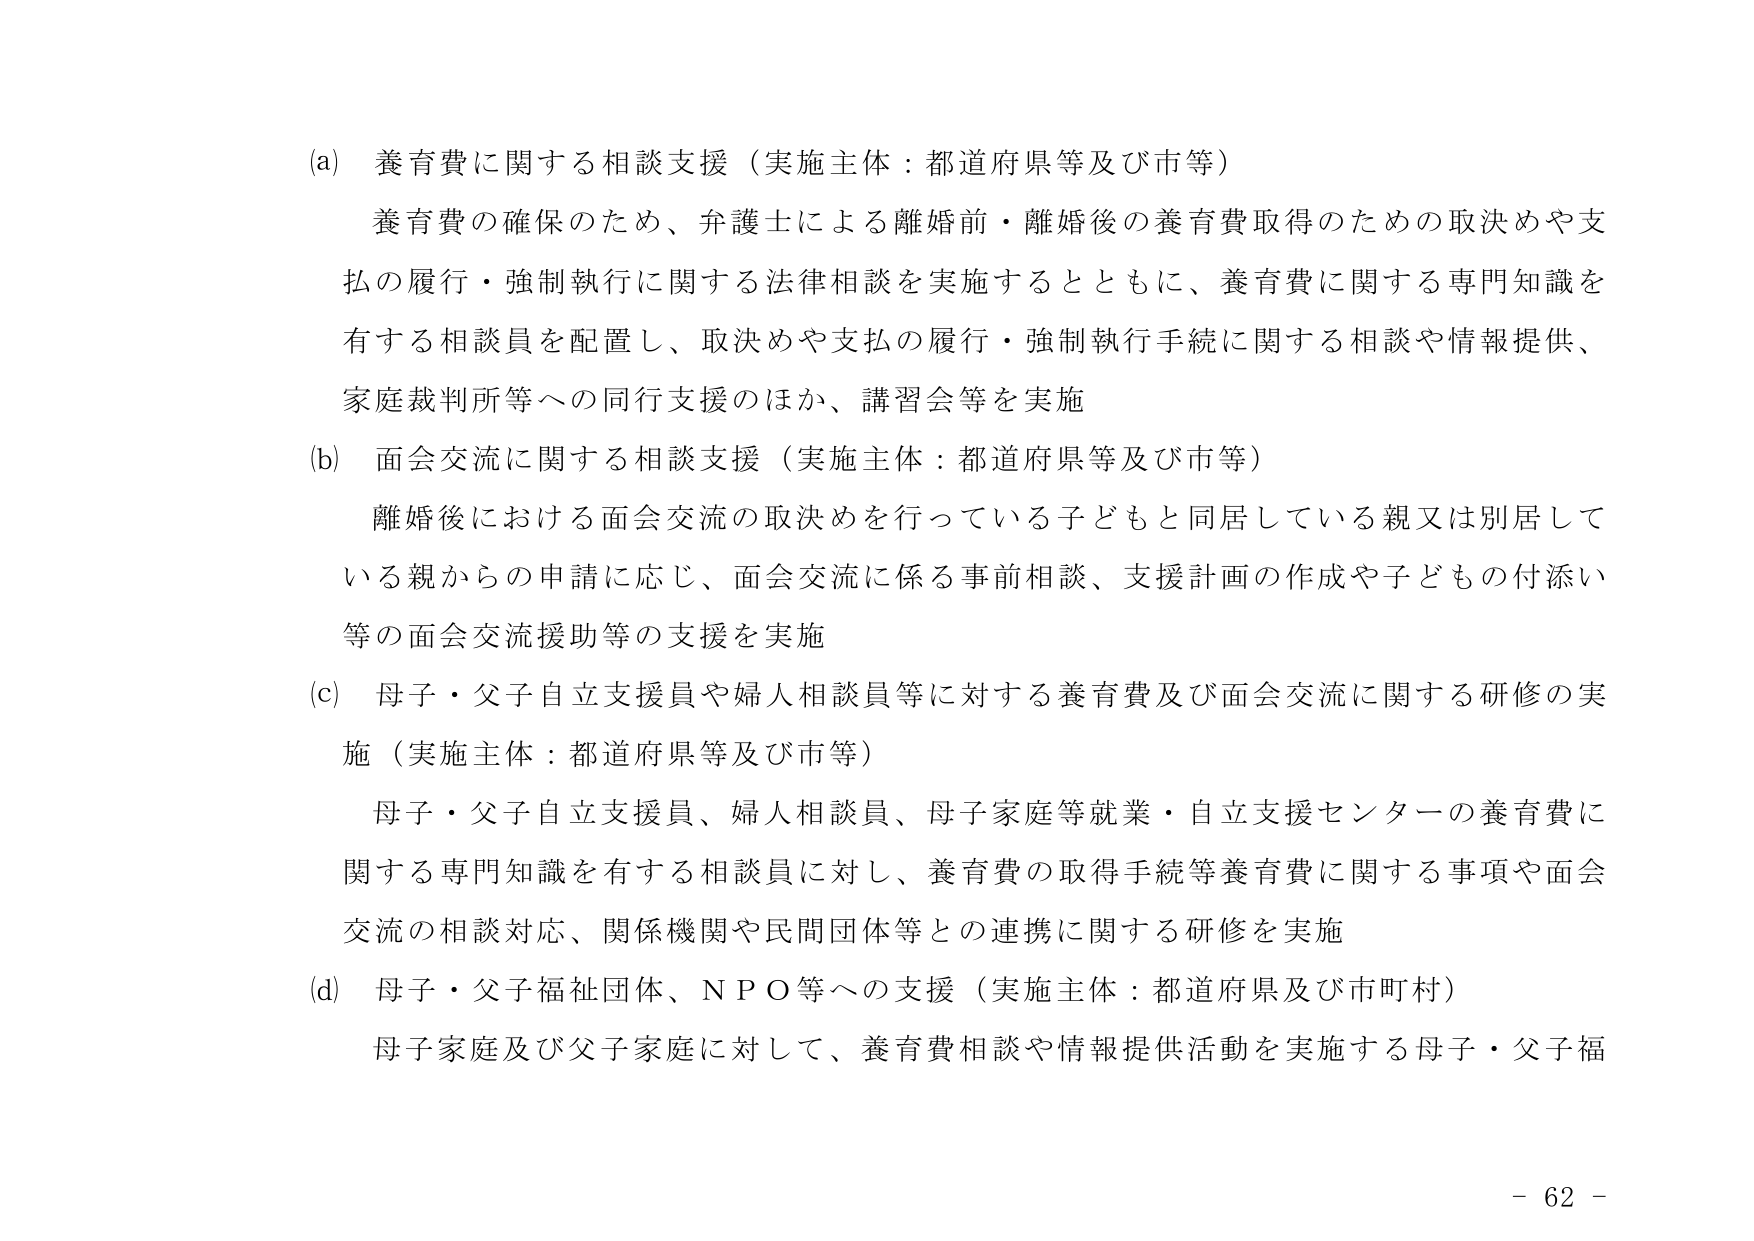
(a) 養育費に関する相談支援（実施主体：都道府県等及び市等）
　　養育費の確保のため、弁護士による離婚前・離婚後の養育費取得のための取決めや支
　　払の履行・強制執行に関する法律相談を実施するとともに、養育費に関する専門知識を
　　有する相談員を配置し、取決めや支払の履行・強制執行手続に関する相談や情報提供、
　　家庭裁判所等への同行支援のほか、講習会等を実施

(b) 面会交流に関する相談支援（実施主体：都道府県等及び市等）
　　離婚後における面会交流の取決めを行っている子どもと同居している親又は別居して
　　いる親からの申請に応じ、面会交流に係る事前相談、支援計画の作成や子どもの付添い
　　等の面会交流援助等の支援を実施

(c) 母子・父子自立支援員や婦人相談員等に対する養育費及び面会交流に関する研修の実
　　施（実施主体：都道府県等及び市等）
　　母子・父子自立支援員、婦人相談員、母子家庭等就業・自立支援センターの養育費に
　　関する専門知識を有する相談員に対し、養育費の取得手続等養育費に関する事項や面会
　　交流の相談対応、関係機関や民間団体等との連携に関する研修を実施

(d) 母子・父子福祉団体、ＮＰＯ等への支援（実施主体：都道府県及び市町村）
　　母子家庭及び父子家庭に対して、養育費相談や情報提供活動を実施する母子・父子福

- 62 -